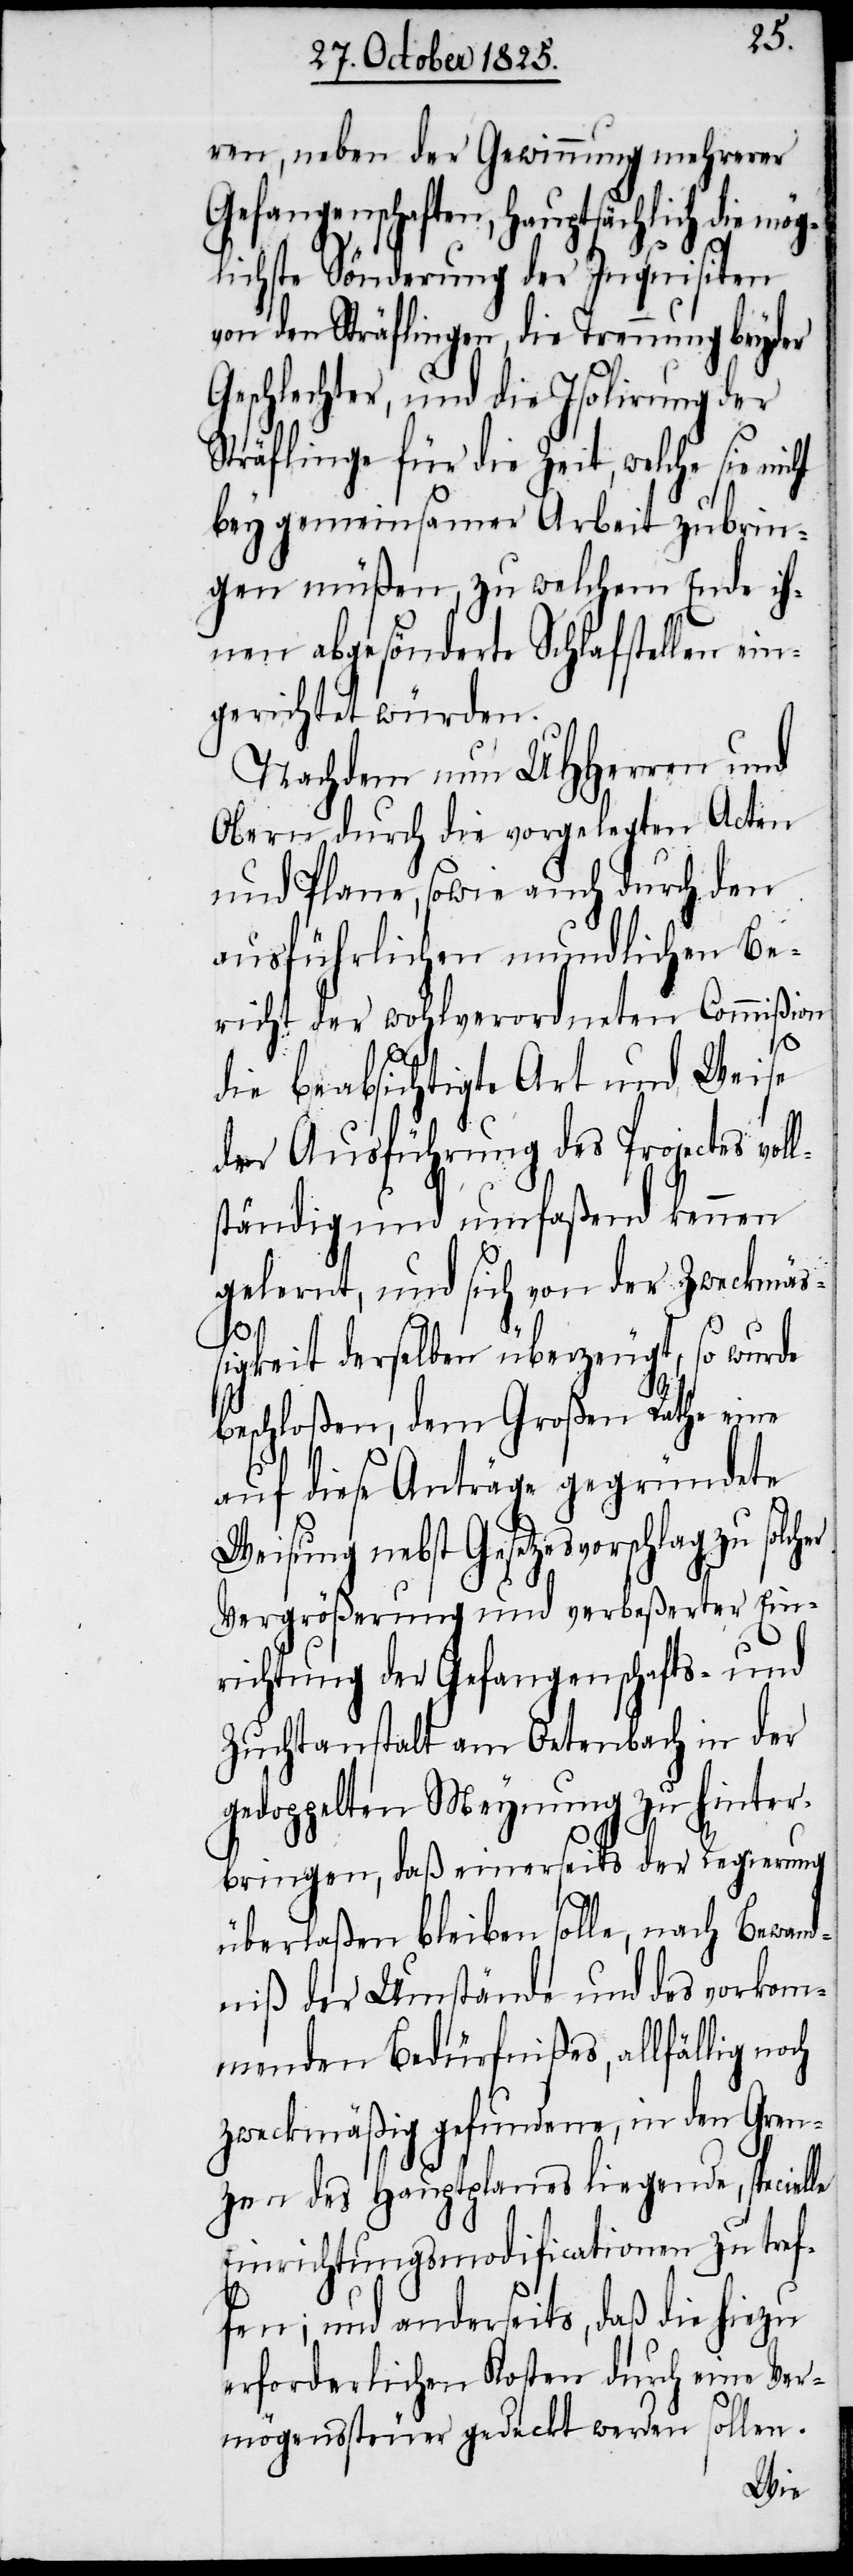
ren, neben der Gewinnung mehrerer
Gefangenschaften, hauptsächlich die mög¬
lichste Sönderung der Inquisition
von den Sträflingen, die Trennung beyder
Geschlechter, und die Isolirung der
Sträflinge für die Zeit, welche sie nic¬
bey gemeinsamer Arbeit zubrin¬
gen müßen, zu welchem Ende ih¬
nen abgesönderte Schlafstellen ein¬
gerichtet würden.
Nachdem nun UHHerren und
Obern durch die vorgelegten Acten
und Plane, sowie auch durch den
ausführlichen mundlichen Be¬
richt der wohlverordneten Commißion
l¬
die beabsichtigte Art und Weise
der Ausführung des Projectes vol¬
ständig und umfaßend kennen
gelernt, und sich von der Zweckmäß¬
igkeit derselben überzeugt, so wurde
beschloßen, dem Großen Rathe eine
auf diese Anträge gegründete
Weisung nebst Gesetzesvorschlag zu
Vergrößerung und verbeßerter Ein¬
richtung der Gefangenschafts- und
Zuchtanstalt am Oetenbach in der
gedoppelten Meynung zu hinter¬
bringen, daß einerseits der Regierung
überlaßen bleiben solle, nach Bewand¬
niß der Umstände und des vorkom¬
menden Bedürfnißes, allfällig noch
zweckmäßig gefundene, in den Gren¬
zen des Hauptplanes liegende, specielle
Einrichtungsmodificationen zu tref¬
fen; und anderseits, daß die hiezu
erforderlichen Kosten durch eine Ver¬
mögenssteuer gedeckt werden sollen.